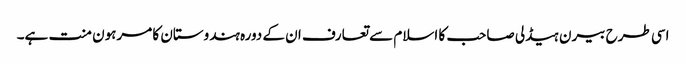
اسی طرح بیرن ہیڈلی صاحب کا اسلام سے تعارف ان کے دورہ ہندوستان کا مرہون منت ہے۔